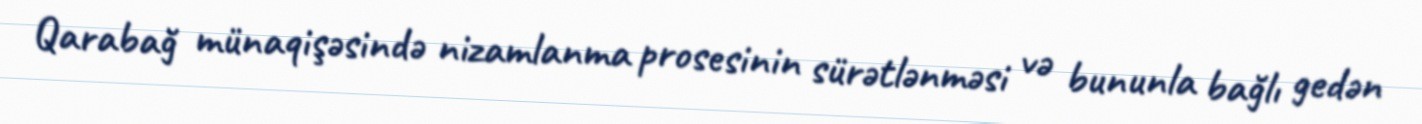
Qarabağ münaqişəsində nizamlanma prosesinin sürətlənməsi və bununla bağlı gedən